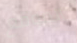
الموقع